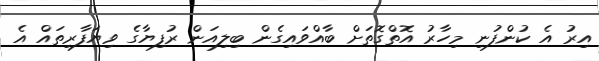
އިރު އެ ކުންފުނި މިހާރު އޮތްގޮތަށް ބާއްވައިގެން ބިލިއަން ރުފިޔާގެ ވިޔަފާރިތައް އެ